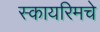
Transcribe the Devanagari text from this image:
स्कायरिमचे